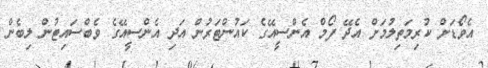
އެވޯޑަށް ކުރިމަތިލުމަށް އެދޭ ފޯމް އެންސީއޭގެ ކައުންޓަރުން އަދި އެންސީއޭގެ ވެބްސައިޓުން ލިބެން